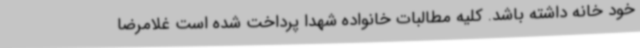
خود خانه داشته باشد. کلیه مطالبات خانواده شهدا پرداخت شده است غلامرضا